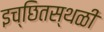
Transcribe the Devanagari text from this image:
इच्छितस्थळी